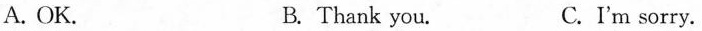
A. OK. B. Thank you. C.I'm sorry.